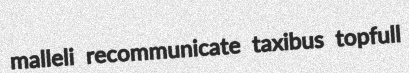
malleli recommunicate taxibus topfull